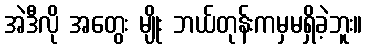
အဲဒီလို အတွေး မျိုး ဘယ်တုန်းကမှမရှိခဲ့ဘူး။